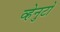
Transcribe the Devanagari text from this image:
व्हेनुटो